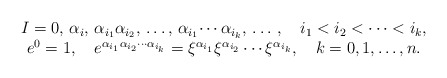
\begin{align*}\begin{array}{c}I=0,\,\alpha_i,\,\alpha_{i_1}\alpha_{i_2},\,\ldots,\,\alpha_{i_1}\!\cdots\alpha_{i_k},\,\ldots\,,\quad i_1<i_2<\cdots<i_k, \\e^0=1,\quad e^{\alpha_{i_1}\alpha_{i_2}\cdots\alpha_{i_k}}=\xi^{\alpha_{i_1}}\xi^{\alpha_{i_2}}\cdots\xi^{\alpha_{i_k}},\quad k=0,1, \ldots, n.\end{array}\end{align*}